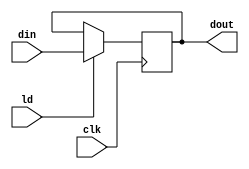
module PIPO1(dout,din,ld,clk);
input[15:0] din;
input ld,clk;
output reg[15:0] dout;
always @(posedge clk) 
begin
    if(ld)dout<=din;
end
endmodule

module PIPO2(dout,din,ld,clr,clk);
input[15:0] din;
input ld,clr,clk;
output reg[15:0] dout;
always @(posedge clk) begin
if(ld)dout<=din;
else if(clr)dout<=16'b0;    
end
endmodule

module add(out,in1,in2);
input[15:0] in1,in2;
output reg [15:0] out;
always @(*) begin
    out=in1+in2;
end
endmodule

module EQZ(din,e);
input[15:0] din;
output e;
assign e=(din==0);
endmodule
module CNTR(dout,din,ld,dec,clk);
input[15:0] din;
input ld,dec,clk;
output reg[15:0] dout;
always @(posedge clk) begin
    if(ld) dout<=din;
    else if(dec) dout<=dout-1;
end
endmodule
module MUL_datapath(eqz,lda,ldb,ldp,clrp,decb,data_in,clk);
input eqz,lda,ldb,ldp,clrp,decb,clk;
input[15:0] data_in;
wire [15:0] X,Y,Z,Bout,Bus;
assign Bus=data_in;
PIPO1 A(X,Bus,lda,clk);
PIPO2 B(Y,Z,ldp,clrp,clk);
add C(Z,X,Y);
CNTR D(Bout,Bus,ldb,decb,clk);
EQZ E(Bout,eqz);
endmodule
module controller(lda,ldb,ldp,clrp,decb,done,clk,eqz,start);
input clk,eqz,start;
output reg lda,ldb,ldp,clrp,decb,done;
reg[2:0] state;
parameter  S0=3'b000,S1=3'b001,S2=3'b010,S3=3'b011,S4=3'b100;
always @(posedge clk) begin
  case(state)
  S0:if(start)state<=S1;
  S1:state<=S2;
  S2:state<=S3;
  S3:#2 if(eqz) state<=S4;
  S4:state<=S4;
  default:state<=S0;
  endcase
end
always @(state) begin
    case(state)
    S0:begin #1 lda=0;ldb=0;ldp=0;clrp=0;decb=0;done=0;end
    S1:begin #1 lda=1;end
    S2:begin #1 lda=0;ldb=1;clrp=1;end
    S3:begin #1 ldb=0;ldp=1;clrp=0;decb=1;end
    S4:begin #1 done=1;ldb=0;ldp=0;decb=0;end
    default:begin #1 lda=0;ldb=0;ldp=0;clrp=0;decb=0;done=0;end
    endcase
end    
endmodule